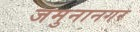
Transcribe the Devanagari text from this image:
जमुनानगर